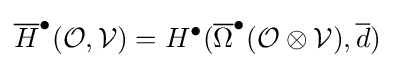
{\overline {H}}^{\bullet }({\mathcal {O}},{\mathcal {V}})=H^{\bullet }({\overline {\Omega }}^{\bullet }({\mathcal {O}}\otimes {\mathcal {V}}),{\overline {d}})